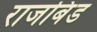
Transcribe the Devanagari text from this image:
राजबिंड